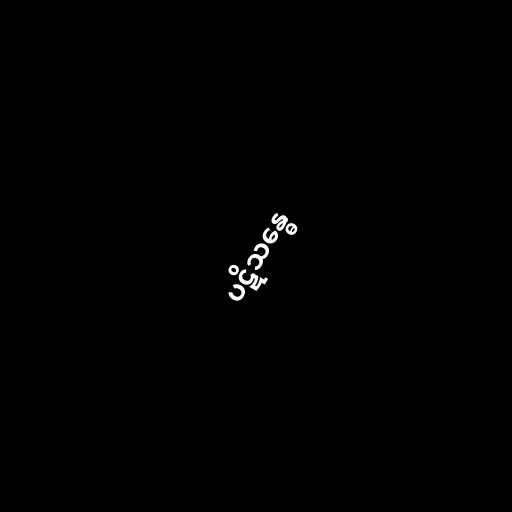
ပဋိသန္ဓေ